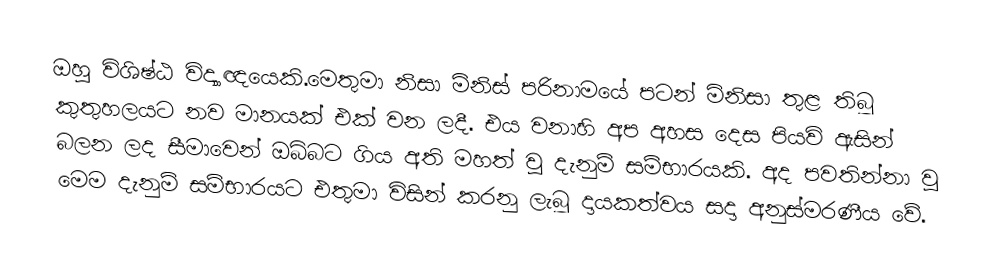
ඔහු විශිෂ්ඨ විද්‍යාඥයෙකි.මෙතුමා නිසා මිනිස් පරිනාමයේ පටන් මිනිසා තුළ තිබූ කුතුහලයට නව මානයක් එක් වන ලදී. එය වනාහි අප අහස දෙස පියවි ඇසින් බලන ලද සීමාවෙන් ඔබ්බට ගිය අති මහත් වූ දැනුම් සම්භාරයකි. අද පවතින්නා වූ මෙම දැනුම් සම්භාරයට එතුමා විසින් කරනු ලැබූ දායකත්වය සදා අනුස්මරණීය වේ.